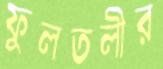
ফুলতলীর